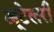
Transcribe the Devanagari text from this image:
ट्यूटेलरी